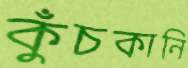
কুঁচকানি